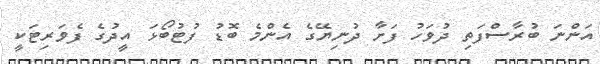
އަންނަ ބުރާސްފަތި ދުވަހު ފަށާ ދުނިޔޭގެ އެންމެ ބޮޑު ފުޓުބޯޅަ އީދުގެ ފެވަރިޓަކީ